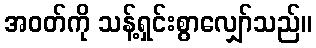
အဝတ်ကို သန့်ရှင်းစွာလျှော်သည်။